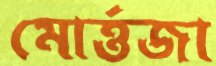
মোর্ত্তজা